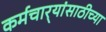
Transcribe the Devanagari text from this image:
कर्मचार्‍यांसाठीच्या